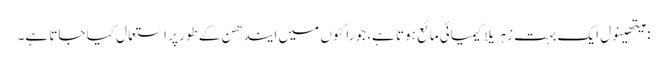
: میتھینول ایک بہت زہریلا کیمیائی مائع ہوتا ہے، جو راکٹوں میں ایندھن کے طور پر استعمال کیا جاتا ہے۔